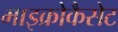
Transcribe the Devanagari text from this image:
माइक्रोकैसेट